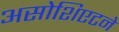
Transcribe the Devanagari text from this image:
असोशिएटने